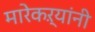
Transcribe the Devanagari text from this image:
मारेकऱ्यांनी